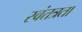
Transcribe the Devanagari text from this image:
स्‍वंतत्रता